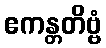
ဧကန္တတိဗ္ဗံ